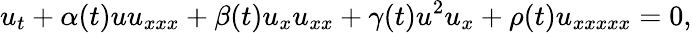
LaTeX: u_{t}+\alpha(t)uu_{xxx}+\beta(t)u_{x}u_{xx}+\gamma(t)u^{2}u_{x}+\rho(t)u_{xxxxx}=0,